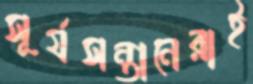
সূর্যসন্তানেরাই